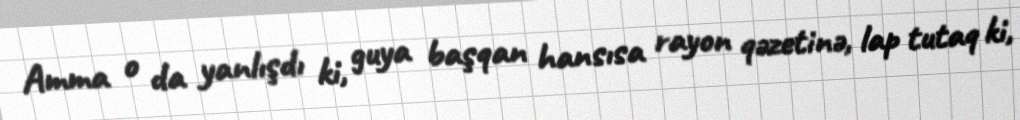
Amma o da yanlışdı ki, guya başqan hansısa rayon qəzetinə, lap tutaq ki,